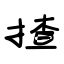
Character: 揸